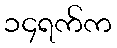
၁၄ရက်က